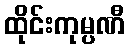
ထိုင်းကုမ္ပဏီ